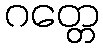
ဂတ္တေ